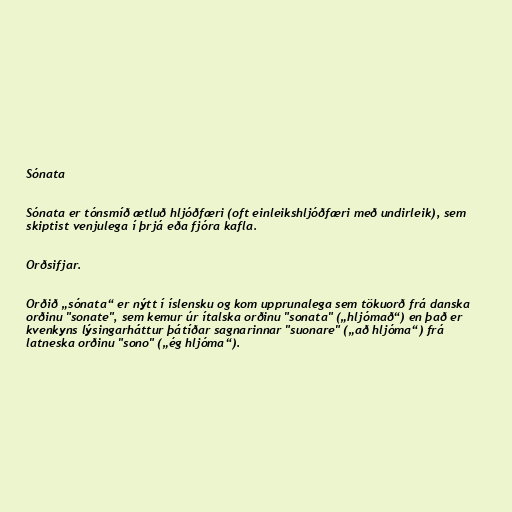
Sónata

Sónata er tónsmíð ætluð hljóðfæri (oft einleikshljóðfæri með undirleik), sem
skiptist venjulega í þrjá eða fjóra kafla.

Orðsifjar.

Orðið „sónata“ er nýtt í íslensku og kom upprunalega sem tökuorð frá danska
orðinu "sonate", sem kemur úr ítalska orðinu "sonata" („hljómað“) en það er
kvenkyns lýsingarháttur þátíðar sagnarinnar "suonare" („að hljóma“) frá
latneska orðinu "sono" („ég hljóma“).